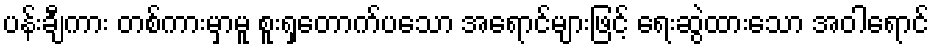
ပန်းချီကား တစ်ကားမှာမူ စူးရှတောက်ပသော အရောင်များဖြင့် ရေးဆွဲထားသော အဝါရောင်